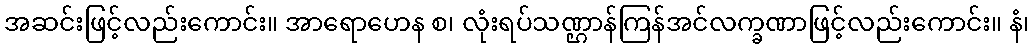
အဆင်းဖြင့်လည်းကောင်း။ အာရောဟေန စ၊ လုံးရပ်သဏ္ဌာန်ကြန်အင်လက္ခဏာဖြင့်လည်းကောင်း။ နံ၊